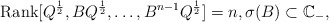
\begin{align*}\textrm{Rank}[Q^{\frac{1}{2}},BQ^{\frac{1}{2}},\dots, B^{n-1}Q^{\frac{1}{2}}]=n, \sigma(B) \subset \mathbb{C}_-,\end{align*}